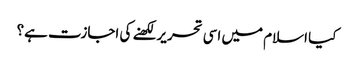
کیا اسلام میں اسی تحریر لکھنے کی اجازت ہے؟